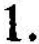
1.